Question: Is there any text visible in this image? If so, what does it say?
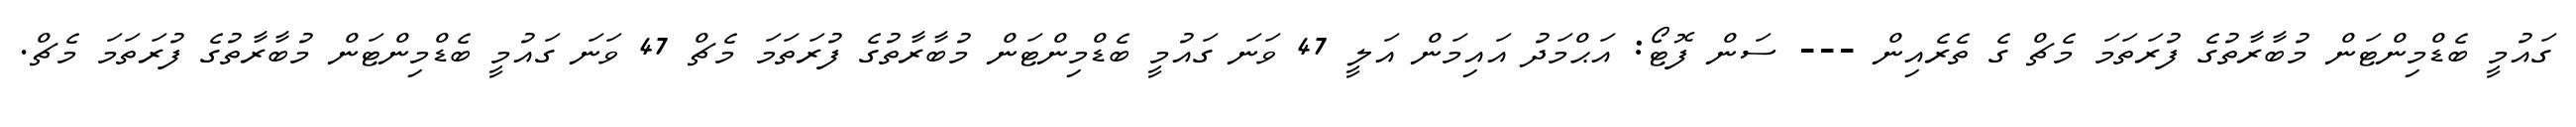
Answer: ގައުމީ ބެޑްމިންޓަން މުބާރާތުގެ ފުރަތަމަ މެޗް ގެ ތެރެއިން --- ސަން ފޮޓޯ: އަޙްމަދު އައިމަން އަލީ 47 ވަނަ ގައުމީ ބެޑްމިންޓަން މުބާރާތުގެ ފުރަތަމަ މެޗް 47 ވަނަ ގައުމީ ބެޑްމިންޓަން މުބާރާތުގެ ފުރަތަމަ މެޗް.